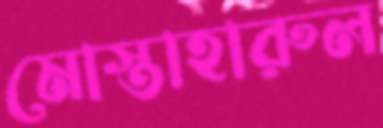
মোস্তাহারুল